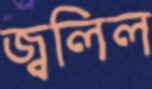
জ্বলিল